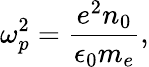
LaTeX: \omega_{p}^{2}={\frac{e^{2}n_{0}}{\epsilon_{0}m_{e}}},